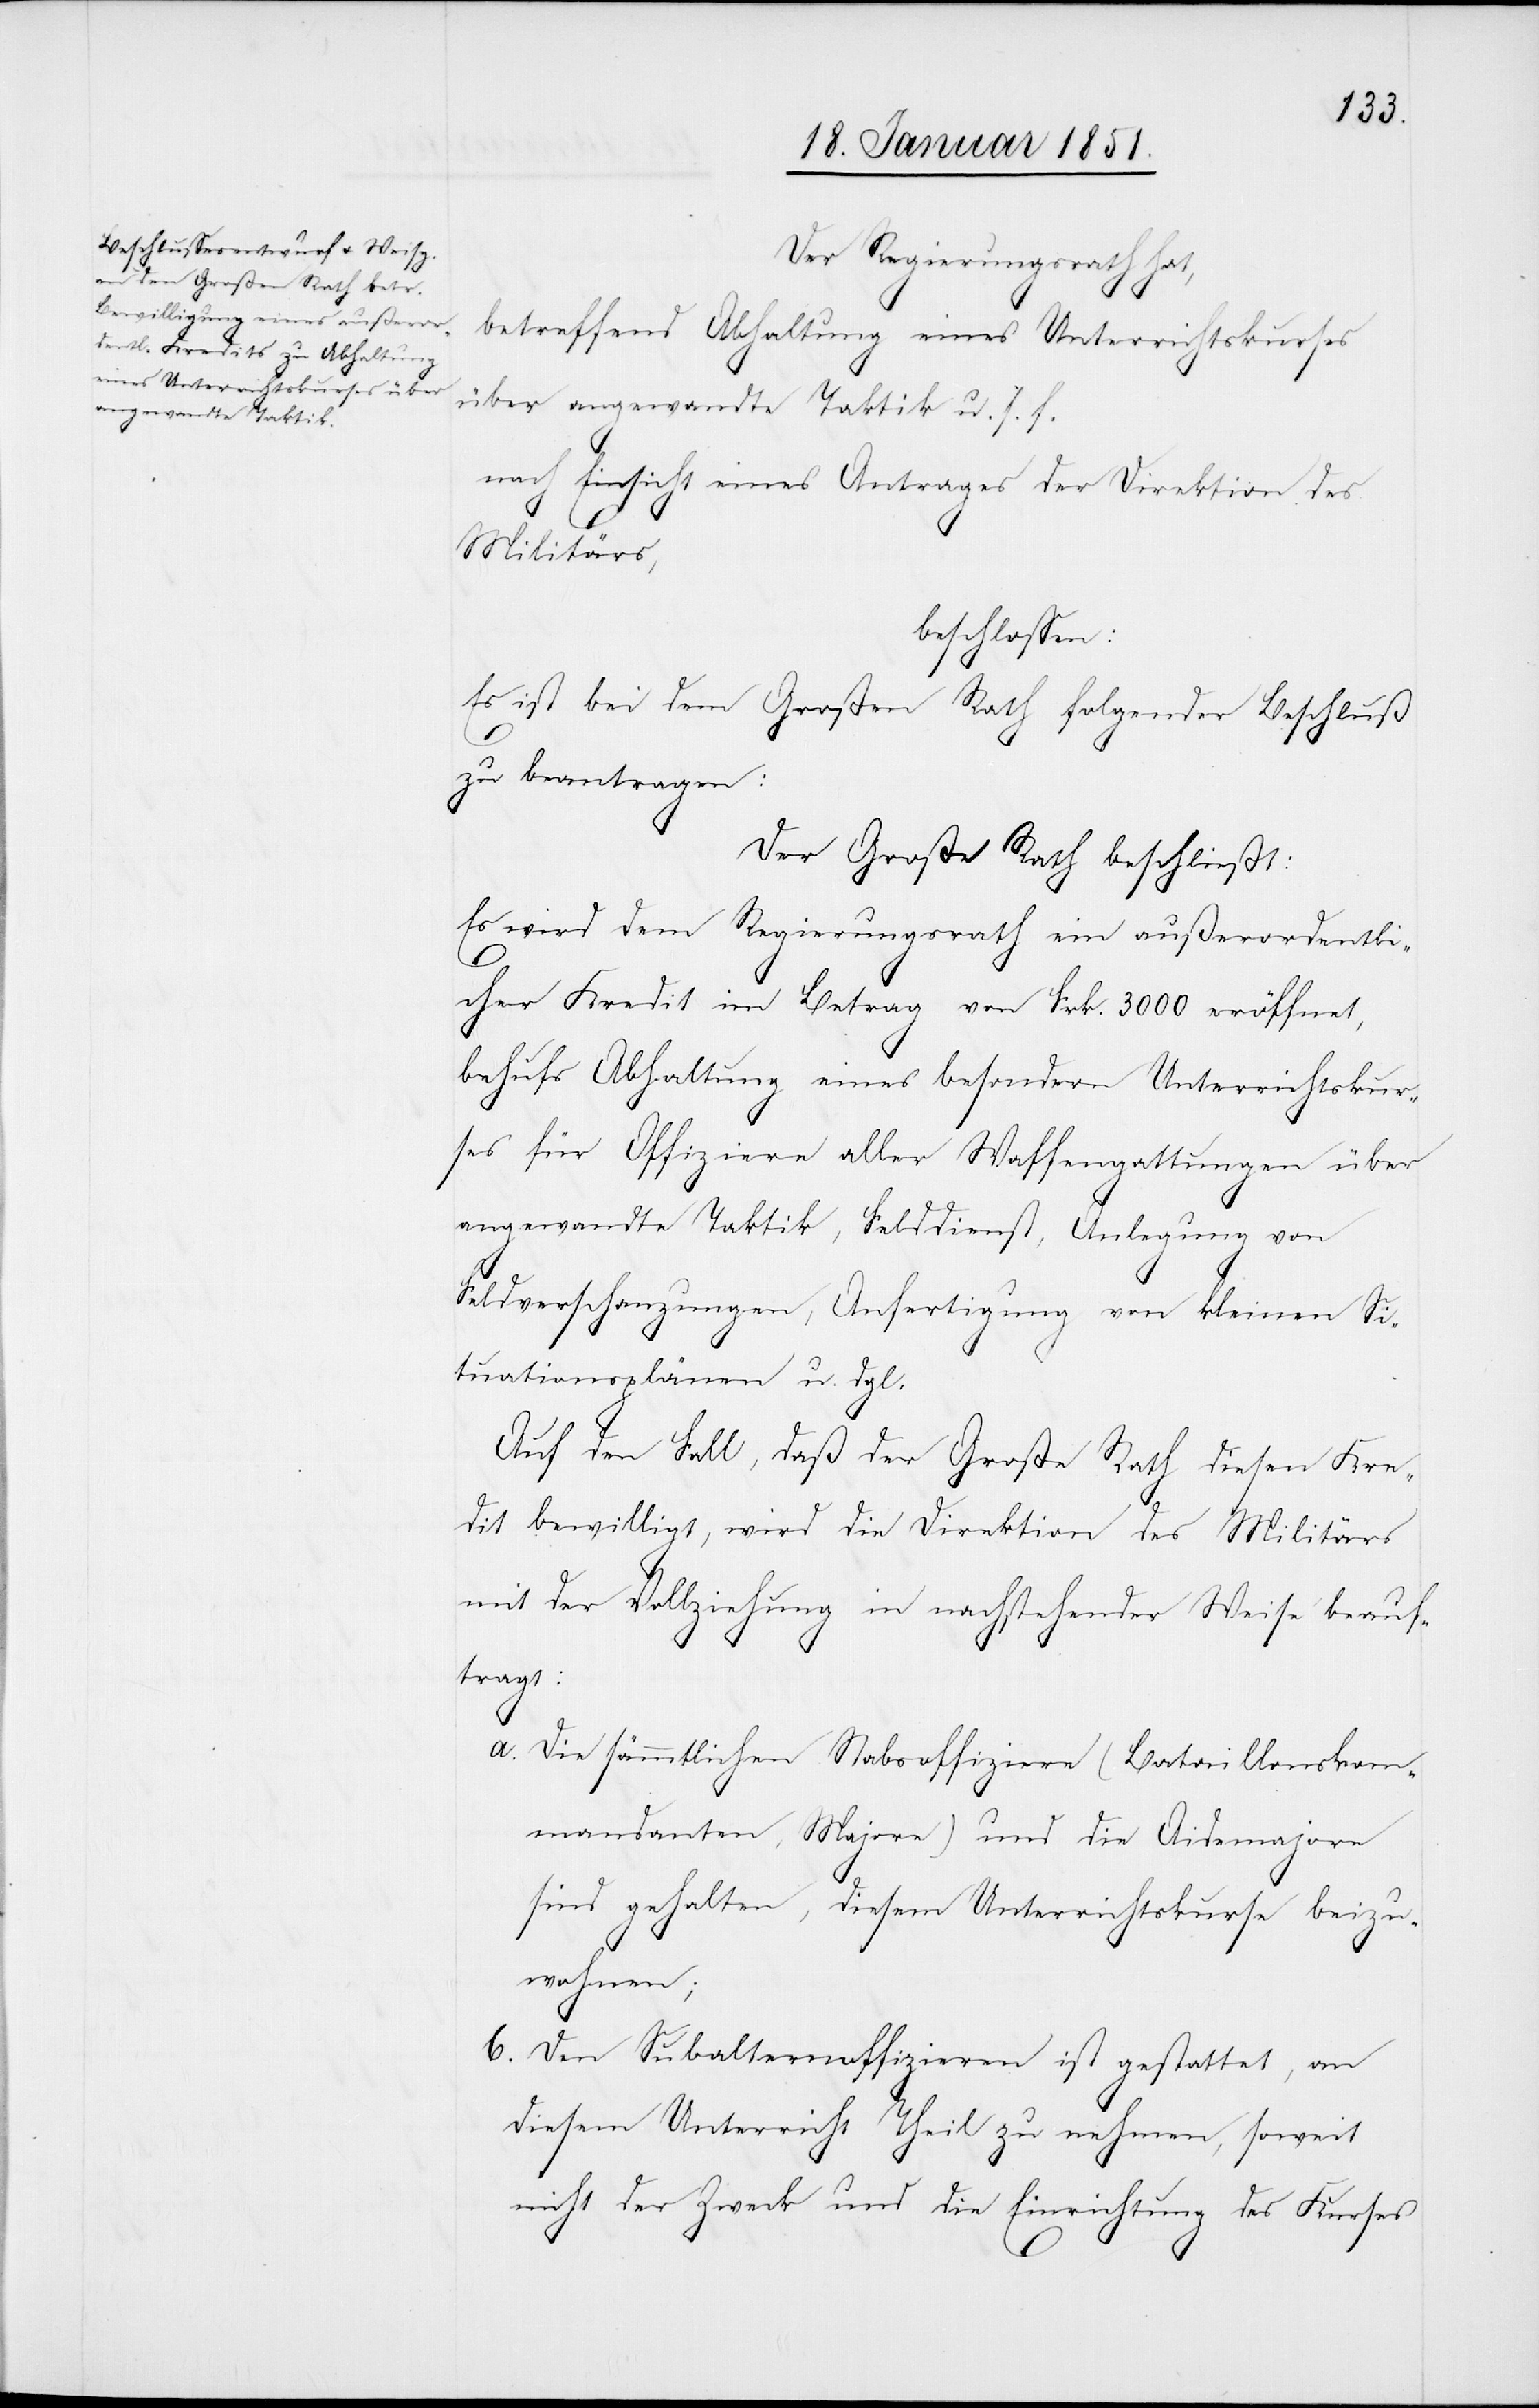
Der Regierungsrath hat,
betreffend Abhaltung eines Unterrichtskurses
über angewandte Taktik u. s. f.
nach Einsicht eines Antrages der Direktion des
Militärs,
beschlossen:
Es ist bei dem Großen Rath folgender Beschluß
zu beantragen:
Der Große Rath beschließt:
Es wird dem Regierungsrath ein außerordentli¬
b.
cher Kredit im Betrag von Frk. 3000 eröffnet,
behufs Abhaltung eines besondern Unterrichtskur¬
ses für Offiziere aller Waffengattungen über
angewandte Taktik, Felddienst, Anlegung von
Feldverschanzungen, Anfertigung von kleinen Si¬
tuationsplänen u. dgl.
Auf den Fall, daß der Große Rath diesen Kre¬
dit bewilligt, wird die Direktion des Militärs
mit der Vollziehung in nachstehender Weise beauf¬
tragt:
Die sämmtlichen Stabsoffiziere (Bataillonskom¬
mandanten, Majore) und die Aidemajore
sind gehalten, diesem Unterrichtskurse beizu¬
wohnen;
Den Subalternoffizieren ist gestattet, an
diesem Unterricht Theil zu nehmen, soweit
nicht der Zweck und die Einrichtung des Kurses